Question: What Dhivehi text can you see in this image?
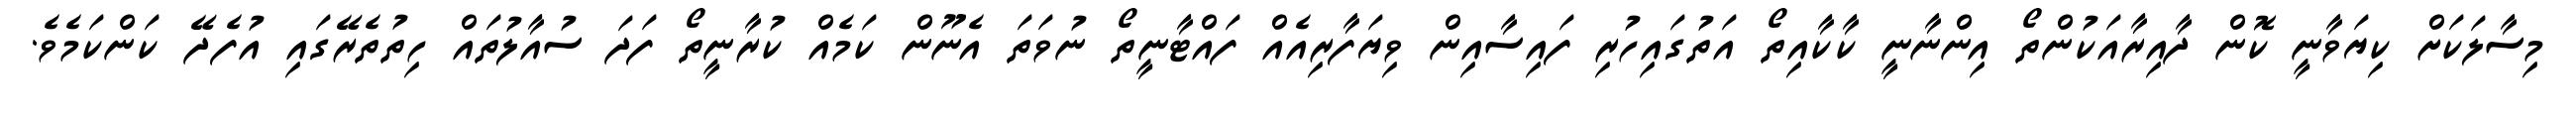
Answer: މިސާލަކަށް ކިޔަވާނީ ކޮން ދާއިރާއަކުންތޯ އިންނާނީ ކާކާއިތޯ އަތުގައިހުރި ފައިސާއިން ވިޔަފާރިއެއް ފައްޓާނީތޯ ނުވަތަ އެނޫން ކަމެއް ކުރާނީތޯ ފަދަ ސުއާލުތައް ހިތުތެރޭގައި އުފެދޭ ކަންކަމެވެ.